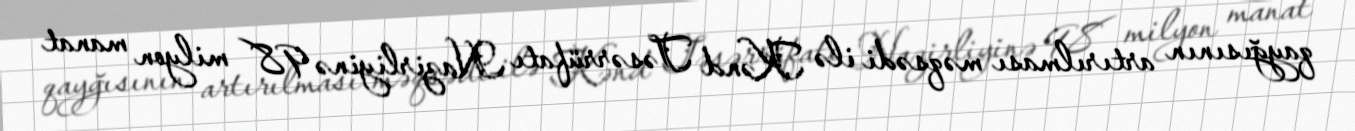
qayğısının artırılması məqsədi ilə Kənd Təsərrüfatı Nazirliyinə 98 milyon manat